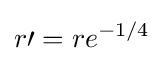
r\prime =re^{-1/4}